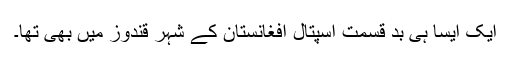
ایک ایسا ہی بد قسمت اسپتال افغانستان کے شہر قندوز میں بھی تھا۔